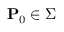
\mathbf { P } _ { 0 } \in \Sigma